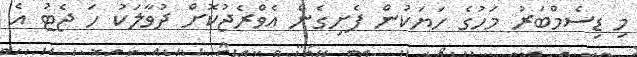
މި ޑިސެމްބަރު މަހުގެ ހަޔަކުން ފެށިގެން އެވްރެޖުކޮށް ދުވާލަކު ހަ ޖެޓު އެ